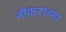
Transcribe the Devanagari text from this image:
नौकराच्या